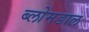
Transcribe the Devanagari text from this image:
ब्लोमडाल